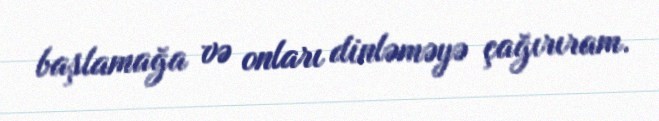
başlamağa və onları dinləməyə çağırıram.